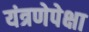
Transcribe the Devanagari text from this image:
यंत्रणेपेक्षा